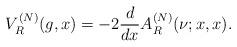
LaTeX: \begin{align*}V^{(N)}_R(g,x)=-2\frac{d}{dx}A^{(N)}_R(\nu;x,x).\end{align*}